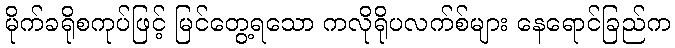
မိုက်ခရိုစကုပ်ဖြင့် မြင်တွေ့ရသော ကလိုရိုပလက်စ်များ နေရောင်ခြည်က